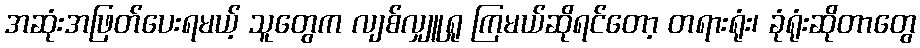
အဆုံးအဖြတ်ပေးရမယ့် သူတွေက လျစ်လျှူရှု ကြမယ်ဆိုရင်တော့ တရားရုံး၊ ခုံရုံးဆိုတာတွေ